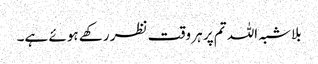
بلاشبہ اللہ تم پر ہر وقت نظر رکھے ہوئے ہے۔